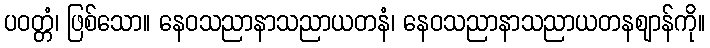
ပဝတ္တံ၊ ဖြစ်သော။ နေဝသညာနာသညာယတနံ၊ နေဝသညာနာသညာယတနဈာန်ကို။